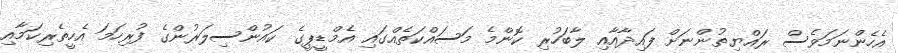
އެހެންނަމަވެސް ރައްޔިތުންނަށް ފައިދާއާއި ލާބަހުރި ކޮންމެ މަަސައްކަތެއްގައި އެމްޑީޕީގެ ކައުންސިލަރުންގެ ފުރިހަމަ އެހީތެރިކަމާއި